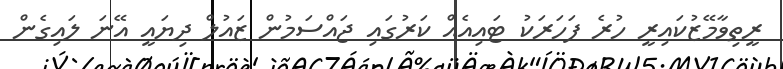
ރީތިވާމޭޒުކައިރީ ހުރެ ފަހަރަކު ޓައިއެއް ކަރުގައި ޖައްސަމުން ޒައުލް ދިޔައީ އޭނަ ލައިގެން